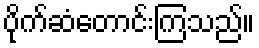
ပိုက်ဆံတောင်းကြသည်။